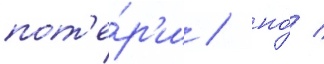
пот'е́р'и / но́ /